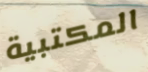
المكتبية